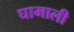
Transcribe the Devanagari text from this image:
घामाली